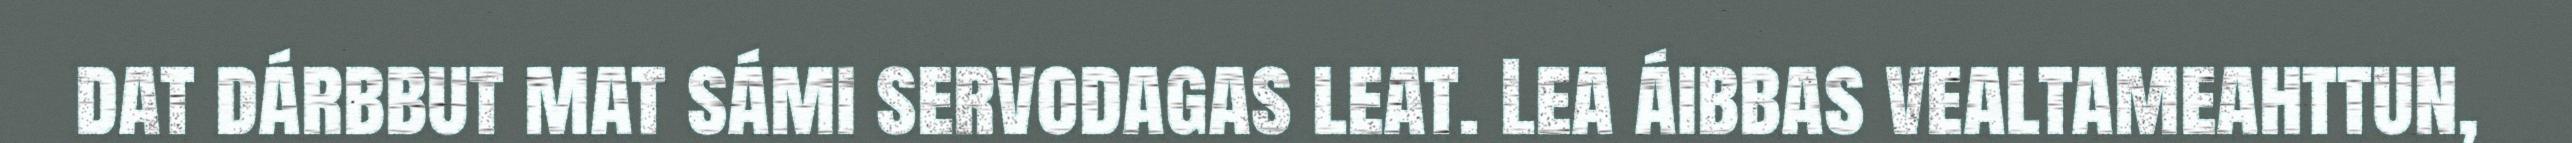
dat dárbbut mat sámi servodagas leat. Lea áibbas vealtameahttun,